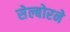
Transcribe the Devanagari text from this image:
सेल्बोरने